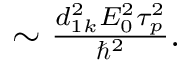
\begin{array} { r } { \sim \frac { d _ { 1 k } ^ { 2 } E _ { 0 } ^ { 2 } \tau _ { p } ^ { 2 } } { \hbar ^ { 2 } } . } \end{array}